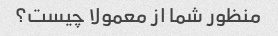
منظور شما از معمولا چیست؟